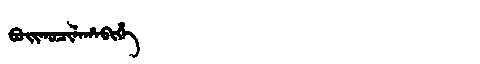
Manchu: ᠪᠣᡳᡤᠣᠴᡳᠯᠠᡥᠠᠪᡳᡥᡝ
Romanization: BOIGOCILAHABIHE